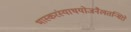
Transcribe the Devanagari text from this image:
भास्करंस्याथयोजनैलतन्मिरो